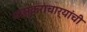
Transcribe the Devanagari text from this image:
भास्कराचार्यांची